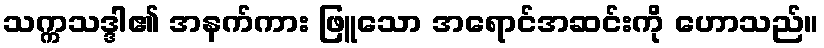
သက္ကသဒ္ဒါ၏ အနက်ကား ဖြူသော အရောင်အဆင်းကို ဟောသည်။